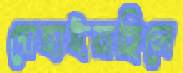
দোহাইয়াছিলে